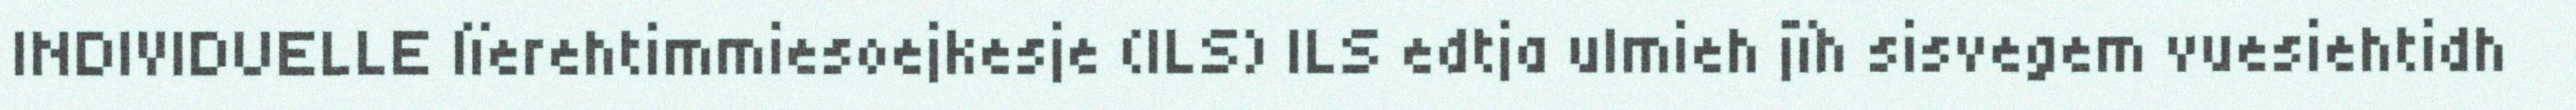
INDIVIDUELLE lïerehtimmiesoejkesje (ILS) ILS edtja ulmieh jïh sisvegem vuesiehtidh